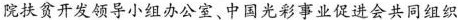
院扶贫开发领导小组办公室、中国光彩事业促进会共同组织